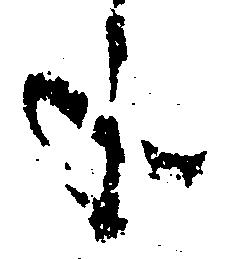
年